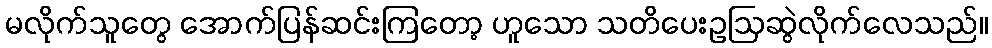
မလိုက်သူတွေ အောက်ပြန်ဆင်းကြတော့ ဟူသော သတိပေးဥဩဆွဲလိုက်လေသည်။